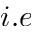
i . e